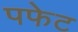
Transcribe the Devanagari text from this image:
पफेट